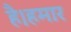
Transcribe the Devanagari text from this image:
है।हमार